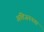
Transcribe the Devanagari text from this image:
अतिजननता